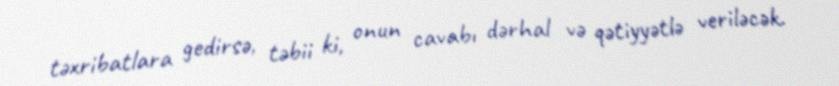
təxribatlara gedirsə, təbii ki, onun cavabı dərhal və qətiyyətlə veriləcək.